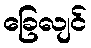
ခြေလျင်